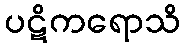
ပဋိကရောသိ